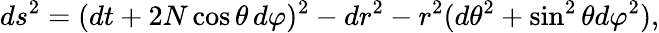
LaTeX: ds^{2}=(dt+2N\cos\theta\, d\varphi)^{2}-dr^{2}-r^{2}(d\theta^{2}+\sin^{2}\theta d\varphi^{2}),